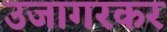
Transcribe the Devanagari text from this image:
उजागरकर